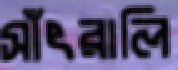
সাঁৎরালি